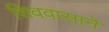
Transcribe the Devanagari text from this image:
शिववासाने